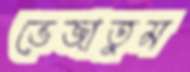
ভেজাতুম